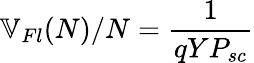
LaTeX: \mathbb{V}_{Fl}(N)/N=\frac{1}{qYP_{sc}}